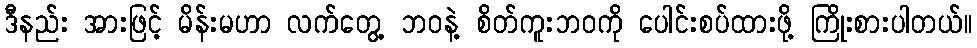
ဒီနည်း အားဖြင့် မိန်းမဟာ လက်တွေ့ ဘဝနဲ့ စိတ်ကူးဘဝကို ပေါင်းစပ်ထားဖို့ ကြိုးစားပါတယ်။